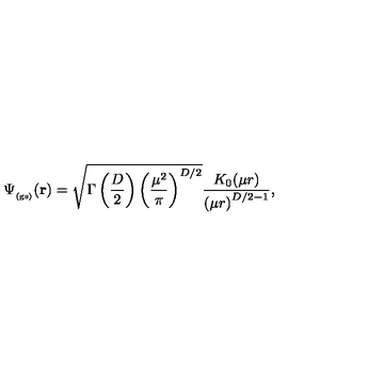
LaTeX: \Psi _ { _ \mathrm { ( g s ) } } ( { \bf r } ) = \sqrt { \Gamma \left( \frac { D } { 2 } \right) \left( \frac { \mu ^ { 2 } } { \pi } \right) ^ { D / 2 } } \frac { K _ { 0 } ( \mu r ) } { \left( \mu r \right) ^ { D / 2 - 1 } } ,